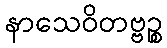
နာသေဝိတဗ္ဗဉ္စ